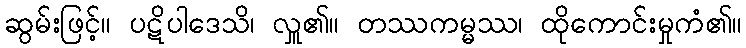
ဆွမ်းဖြင့်။ ပဋိပါဒေသိ၊ လှူ၏။ တဿကမ္မဿ၊ ထိုကောင်းမှုကံ၏။